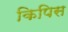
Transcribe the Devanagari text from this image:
किपिस